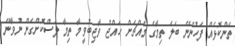
ތަންކޮޅެއް ފަހުންނޭ ބަލަ ތިމާގެ މައްޗަށް ޙައްޖު ވާޖިބުވީމާ ތިމާ ލަސްކޮށްގެން ނުވާނޭ